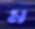
ম